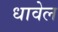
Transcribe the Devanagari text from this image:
धावेल